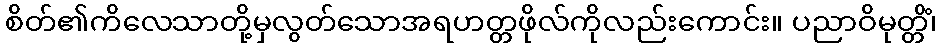
စိတ်၏ကိလေသာတို့မှလွတ်သောအရဟတ္တဖိုလ်ကိုလည်းကောင်း။ ပညာဝိမုတ္တိံ၊